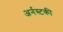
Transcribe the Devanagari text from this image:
अर्नस्टकी